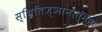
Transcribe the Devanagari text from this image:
स्थितिज्ञानात्मक